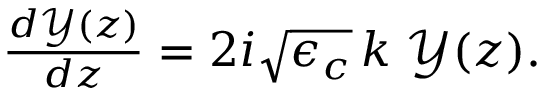
\begin{array} { r } { \frac { d \mathcal { Y } ( z ) } { d z } = 2 i \sqrt { \epsilon _ { c } } \, k \; \mathcal { Y } ( z ) . } \end{array}